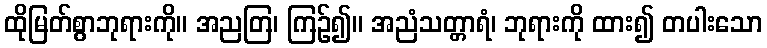
ထိုမြတ်စွာဘုရားကို။ အညတြ၊ ကြဉ်၍။ အညံသတ္တာရံ၊ ဘုရားကို ထား၍ တပါးသော